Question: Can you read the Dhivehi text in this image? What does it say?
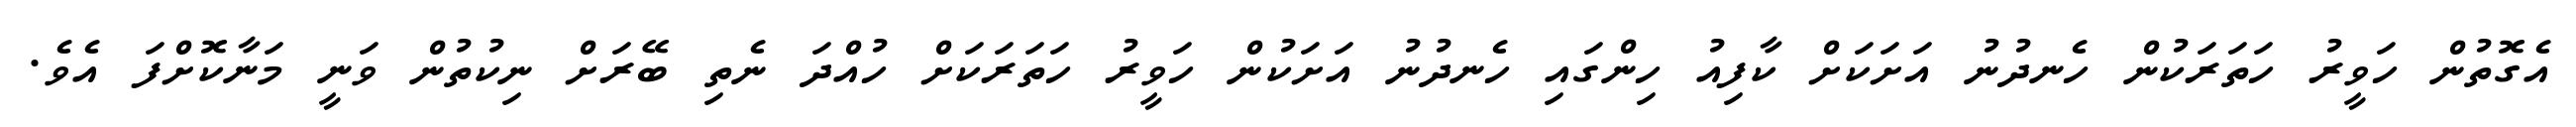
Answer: އެގޮތުން ހަވީރު ހަތަރަކުން ހެނދުނު އަށަކަށް ކާފިއު ހިންގައި ހެނދުނު އަށަކުން ހަވީރު ހަތަރަކަށް ހުއްދަ ނެތި ބޭރަށް ނިކުތުން ވަނީ މަނާކޮށްފަ އެވެ.